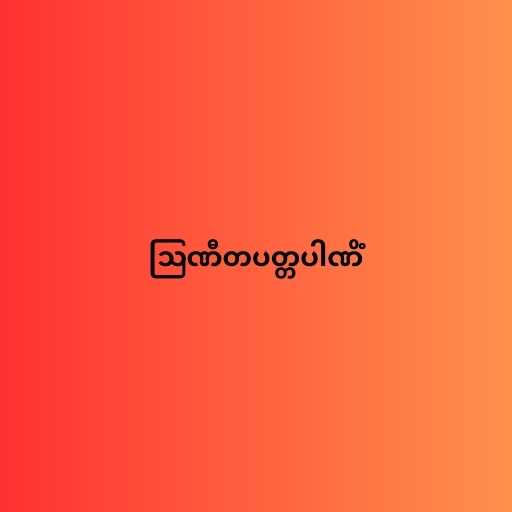
ဩဏီတပတ္တပါဏိံ